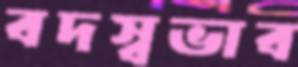
বদস্বভাব